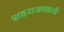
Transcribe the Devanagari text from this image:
शहराजवळची